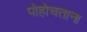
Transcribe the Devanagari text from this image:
पोहोचताना